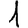
Digit: 1